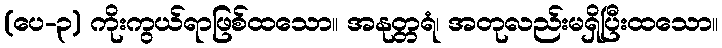
(ပေ-၃) ကိုးကွယ်ရာဖြစ်ထသော။ အနုတ္တရံ၊ အတုလည်းမရှိပြီးထသော။